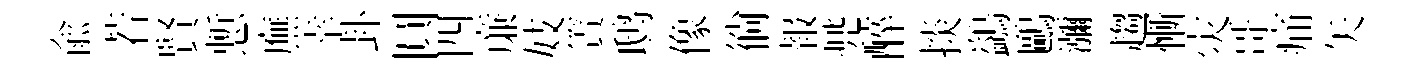
俞若賢慙廡幸卦圓四亷妓簀鸱像徜報兠醉掞鷁鷗瀰趨慚灾哥痛矢